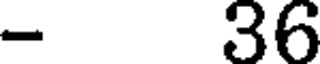
- 36